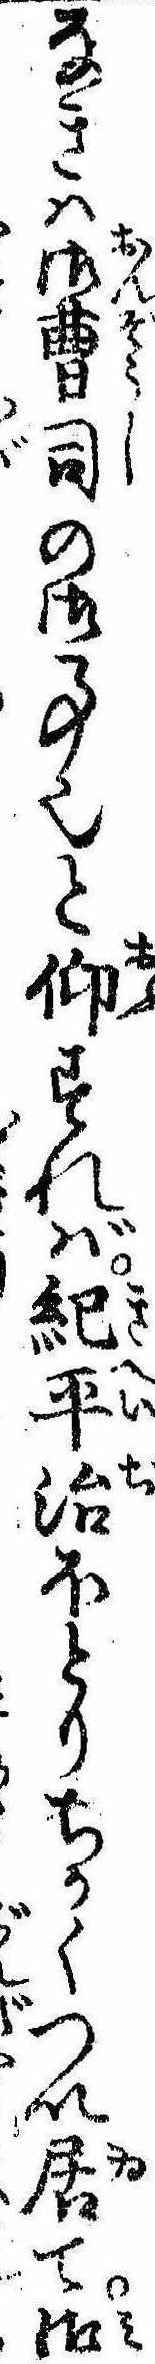
なきは御曹司の御事也と仰すれば紀平治ほとりちかくつい居て御